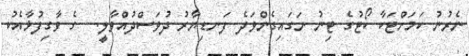
ނެރުނު ކަމަށްޓަކާ ކޯޓުގެ ޓިނު ނަގައިގެންވަދެ ފަނޑިޔާރު ދުވަސްދުއްވާލީ.  ގެ ވާގިފުޅާއެކު